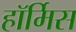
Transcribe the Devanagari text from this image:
हॉर्मिस